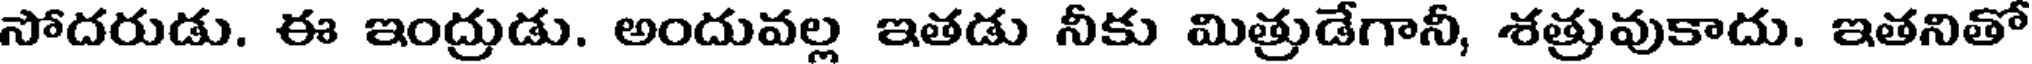
సోదరుడు. ఈ ఇంద్రుడు. అందువల్ల ఇతడు నీకు మిత్రుడేగానీ, శత్రువుకాదు. ఇతనితో